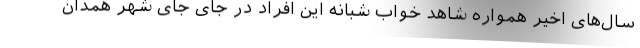
سال‌های اخیر همواره شاهد خواب شبانه این افراد در جای جای شهر همدان